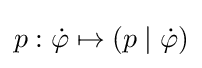
p:{\dot {\varphi }}\mapsto (p\mid {\dot {\varphi }})